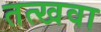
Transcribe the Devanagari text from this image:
तत्खवा